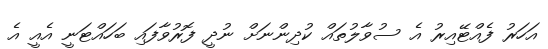
އަހަރު ފެއްޓޭއިރު އެ ސުވާލުތައް ކުދިންނަށް ނުދީ ފޮރުވާފައި ބަހައްޓަނީ އެއީ އެ